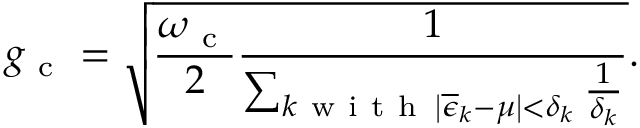
g _ { \mathrm { ~ c ~ } } = \sqrt { \frac { \omega _ { \mathrm { ~ c ~ } } } { 2 } \frac { 1 } { \sum _ { \substack { k \mathrm { ~ w ~ i ~ t ~ h ~ } \, \left| \overline { { \epsilon } } _ { k } - \mu \right| < \delta _ { k } } } \frac { 1 } { \delta _ { k } } } } .